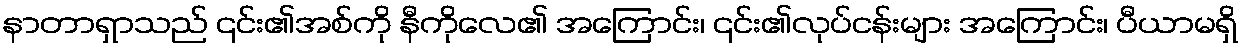
နာတာရှာသည် ၎င်း၏အစ်ကို နီကိုလေ၏ အကြောင်း၊ ၎င်း၏လုပ်ငန်းများ အကြောင်း၊ ပီယာမရှိ